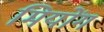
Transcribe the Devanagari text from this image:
मियोंग